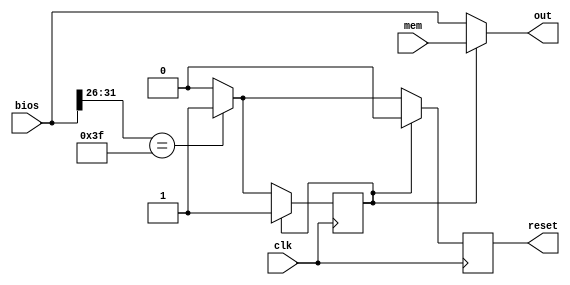
module controlador_bios(clk, bios, mem, out, reset);
	// Entradas
	input clk;
	input [31:0] bios;												// Instrucao vinda da Bios
	input [31:0] mem;													// Instrucao vinda da Memoria
	
	// Saida
	output [31:0] out;												// Instrucao efetiva
	output reg reset;
	
	reg state;
	localparam BIOS = 1'b0, MEMORY = 1'b1;
	localparam HALT = 6'b111111;
	
	initial begin
		state <= BIOS;
	end
	
	always @ (posedge clk) begin
		if (state == BIOS) begin
			case(bios[31:26])
				HALT: begin
					state <= MEMORY;
					reset <= 1'b1;
				end
				default:	begin
					reset <= 1'b0;
				end
			endcase
		end else begin
			reset <= 1'b0;
		end
	end
	
	assign out = state == BIOS ? bios : mem;
endmodule